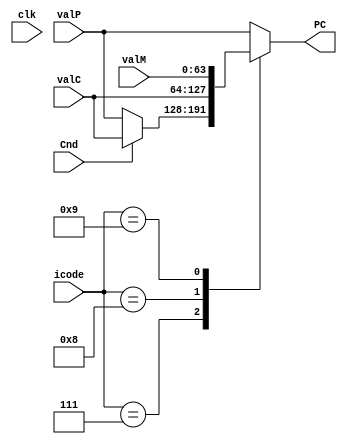
`timescale 1ns/1ps
module PC_update(clk,icode,Cnd,valP,valC,valM,PC);
input clk,Cnd;
input [3:0]icode;
input [63:0] valP,valC,valM;
output reg[63:0]PC ;

// inputs - Cnd, icode, valP, valC, valM
// output - PC
	
always @(*)begin 
	
// the value of PC gets updated based on the value of icode.
	
case(icode)
4'd7 :  begin  // jXX
	if(Cnd)
	begin 
	PC = valC ;
	end
	else
	begin 
	PC = valP;
	end
        end
4'd8 : begin  // call
	PC = valC;
	end
4'd9 : begin  //ret
	PC = valM;
	end
default : begin 
PC = valP ;
end
endcase

end

endmodule